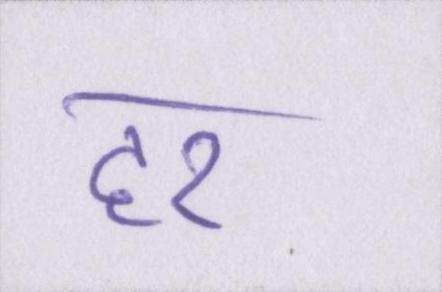
हर